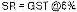
SR = GST @6%